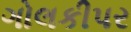
ગોલકીપર